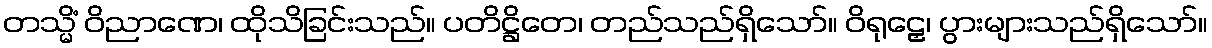
တသ္မိံ ဝိညာဏေ၊ ထိုသိခြင်းသည်။ ပတိဋ္ဌိတေ၊ တည်သည်ရှိသော်။ ဝိရုဠှေ၊ ပွားများသည်ရှိသော်။